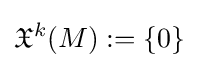
{\mathfrak {X}}^{k}(M):=\{0\}